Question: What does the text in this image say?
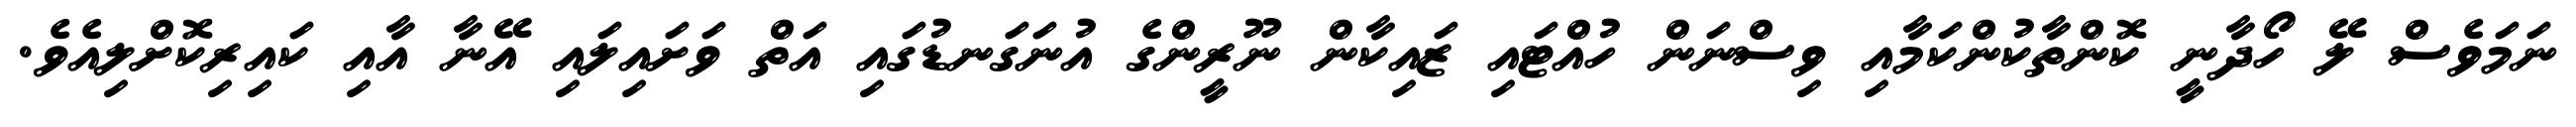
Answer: ނަމަވެސް ލޭ ހޯދާނީ ކޮންތާކުންކަމާއި ވިސްނަން ހުއްޓައި ޒައިކާން ނޫރީންގެ އުނަގަނޑުގައި އަތް ވަށައިލައި އޭނާ އާއި ކައިރިކޮށްލިއެވެ.